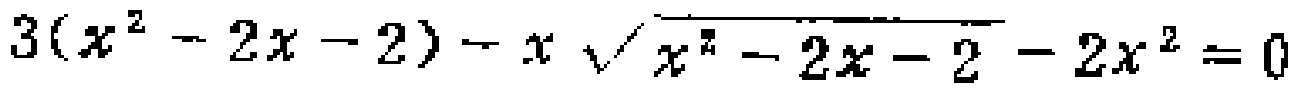
\(3(x^{2}-2x - 2)-x\sqrt{x^{2}-2x - 2}-2x^{2}=0\)